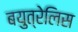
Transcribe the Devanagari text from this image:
बयुत्रेलिस